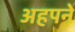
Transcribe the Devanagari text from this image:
अहपने